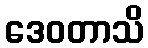
ဒေဝတာသိ